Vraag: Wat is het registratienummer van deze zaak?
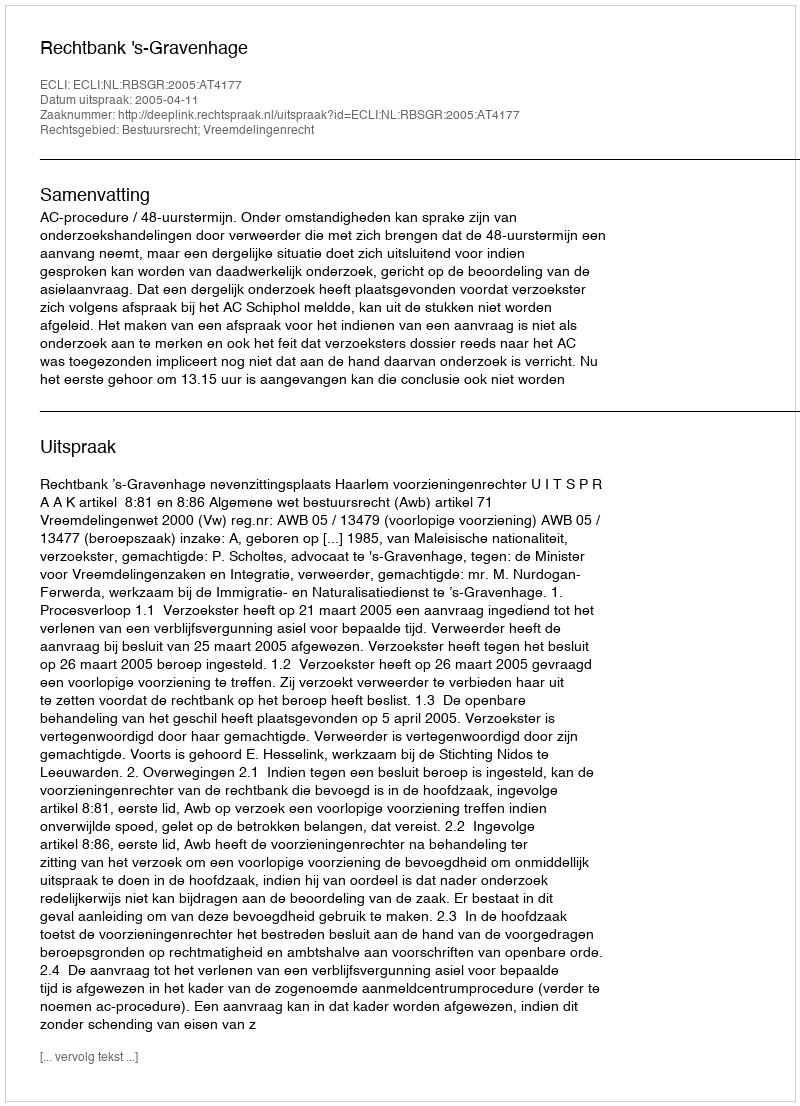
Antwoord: http://deeplink.rechtspraak.nl/uitspraak?id=ECLI:NL:RBSGR:2005:AT4177